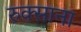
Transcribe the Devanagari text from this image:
रुक्साना